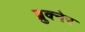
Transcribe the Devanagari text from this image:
ब्रुक्नेर